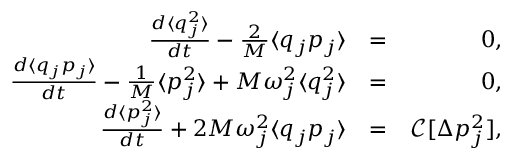
\begin{array} { r l r } { \frac { d \langle q _ { j } ^ { 2 } \rangle } { d t } - \frac { 2 } { M } \langle q _ { j } p _ { j } \rangle } & { = } & { 0 , } \\ { \frac { d \langle q _ { j } p _ { j } \rangle } { d t } - \frac { 1 } { M } \langle p _ { j } ^ { 2 } \rangle + M \omega _ { j } ^ { 2 } \langle q _ { j } ^ { 2 } \rangle } & { = } & { 0 , } \\ { \frac { d \langle p _ { j } ^ { 2 } \rangle } { d t } + 2 M \omega _ { j } ^ { 2 } \langle q _ { j } p _ { j } \rangle } & { = } & { \mathcal { C } [ \Delta p _ { j } ^ { 2 } ] , } \end{array}